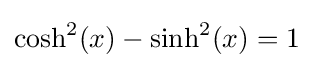
\cosh ^{2}(x)-\sinh ^{2}(x)=1